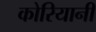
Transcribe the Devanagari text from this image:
कोरियानी